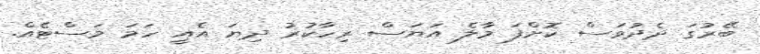
ބޭރުގަ ދެދުވަސް ކޮށްފަ މާލެ އަޔަސް ރިހާކުރު ދިޔަ އެއީ ހަމަ މަސްޓެއް.